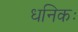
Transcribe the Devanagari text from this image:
धनिकः